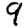
Digit: 9